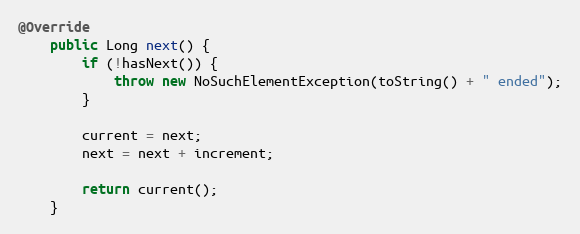
Language: Java
@Override
	public Long next() {
		if (!hasNext()) {
			throw new NoSuchElementException(toString() + " ended");
		}

		current = next;
		next = next + increment;

		return current();
	}